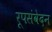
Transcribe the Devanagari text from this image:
रूपसंवेदन